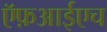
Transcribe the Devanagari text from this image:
ऍफ़आईएच